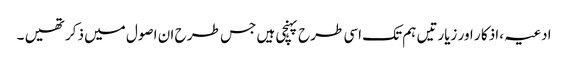
ادعیہ ،اذکا ر اور زیارتیں ہم تک اسی طرح پہنچی ہیں جس طر ح ان اصول میں ذکر تھیں ۔